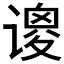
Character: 𫍺